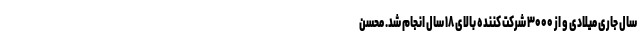
سال جاری میلادی و از ۳۰۰۰ شرکت کننده بالای ۱۸ سال انجام شد. محسن